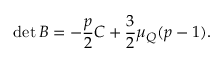
\operatorname * { d e t } { B } = - \frac { p } { 2 } C + \frac { 3 } { 2 } \mu _ { Q } ( p - 1 ) .